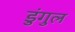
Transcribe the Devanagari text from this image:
डुंगुल